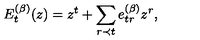
E _ { t } ^ { ( \beta ) } ( z ) = z ^ { t } + \sum _ { r \prec t } e _ { t r } ^ { ( \beta ) } z ^ { r } ,